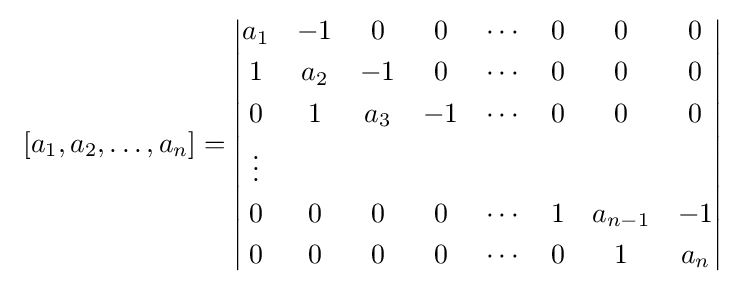
\,\,[a_{1},a_{2},\ldots ,a_{n}]={\begin{vmatrix}a_{1}&-1&0&0&\cdots &0&0&0\\[1mm]1&a_{2}&-1&0&\cdots &0&0&0\\[1mm]0&1&a_{3}&-1&\cdots &0&0&0\\[1mm]\vdots &&&&&&&\\[1mm]0&0&0&0&\cdots &1&a_{n-1}&-1\\[1mm]0&0&0&0&\cdots &0&1&a_{n}\end{vmatrix}}